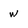
Character: w